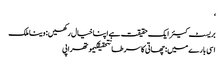
‘
بریسٹ کیئر ایک حقیقت ہے اپنا خیال رکھیں: وینا ملک
اسی بارے میں: چھاتی کا سرطانتحقیقکیموتھراپی